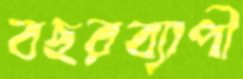
বছরব্যাপী